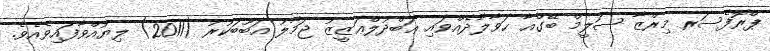
ޕްރޮފެސަރ މިރްޒާ ސަލީމް ބޭގްއާ ޙަވާލާދެއްވައި ޢަބްދުލްޢަޒީޒު ޖަމާލު އަބޫބަކުރު (2011) ލިޔުއްވާފައިވެއެވެ.